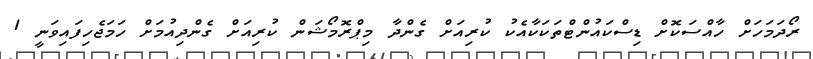
ރޯދަމަހަށް ހާއްސަކޮށް ޑިސްކައުންޓްތަކަކާއެކު ކުރިއަށް ގެންދާ މިޕްރޮމޯޝަން ކުރިއަށް ގެންދިއުމަށް ހަމަޖެހިފައިވަނީ 1